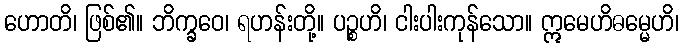
ဟောတိ၊ ဖြစ်၏။ ဘိက္ခဝေ၊ ရဟန်းတို့။ ပဉ္စဟိ၊ ငါးပါးကုန်သော။ ဣမေဟိဓမ္မေဟိ၊